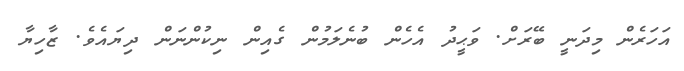
އަހަރެން މިދަނީ ބޭރަށް. ވަޙީދު އެހެން ބުނެލަމުން ގެއިން ނިކުންނަން ދިޔައެވެ. ޒާހިޔާ